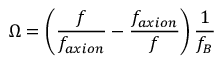
\Omega = \left( \frac { f } { f _ { a x i o n } } - \frac { f _ { a x i o n } } { f } \right) \frac { 1 } { f _ { B } }